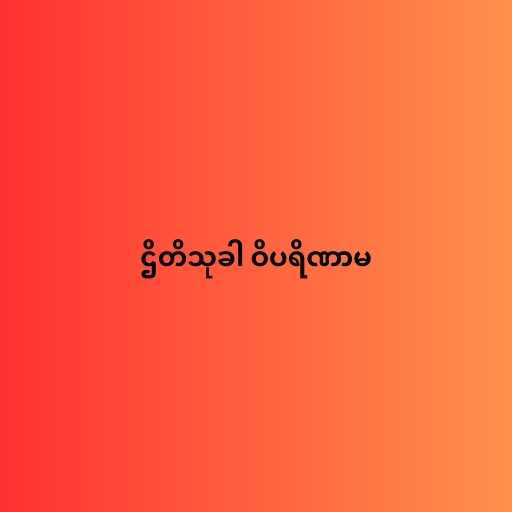
ဌိတိသုခါ ဝိပရိဏာမ